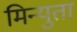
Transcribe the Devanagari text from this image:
मिन्युता